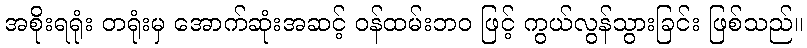
အစိုးရရုံး တရုံးမှ အောက်ဆုံးအဆင့် ဝန်ထမ်းဘဝ ဖြင့် ကွယ်လွန်သွားခြင်း ဖြစ်သည်။